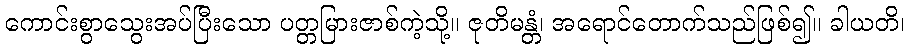
ကောင်းစွာသွေးအပ်ပြီးသော ပတ္တမြားဇာစ်ကဲ့သို့။ ဇုတိမန္တံ၊ အရောင်တောက်သည်ဖြစ်၍။ ခါယတိ၊